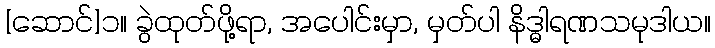
[ဆောင်]၁။ ခွဲထုတ်ဖို့ရာ, အပေါင်းမှာ, မှတ်ပါ နိဒ္ဓါရဏသမုဒါယ။